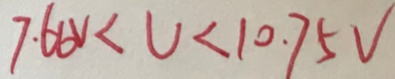
7 . 6 6 V < U < 1 0 . 7 5 V